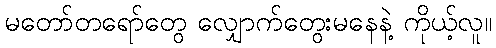
မတော်တရော်တွေ လျှောက်တွေးမနေနဲ့ ကိုယ့်လူ။